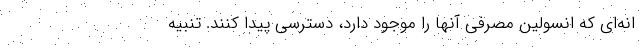
انه‌ای که انسولین مصرفی آنها را موجود دارد، دسترسی پیدا کنند. تنبیه